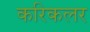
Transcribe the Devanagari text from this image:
करिकलर